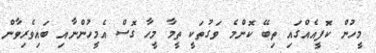
މީހުން ކޮފީއެއްގައި ތިބޭ ކޮންމެ ވަގުތަކީ ތީމާ މީހާ ގޮސް އެމީހުންނާއި ބައިވެރިވާން